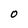
Character: 0